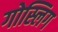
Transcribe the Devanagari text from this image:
गोस्लिग